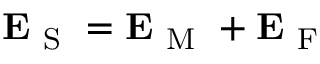
\boldsymbol { \mathbf { E } } _ { \mathrm { ~ S ~ } } = \boldsymbol { \mathbf { E } } _ { \mathrm { ~ M ~ } } + \boldsymbol { \mathbf { E } } _ { \mathrm { ~ F ~ } }